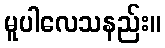
မူပါလေသနည်း။